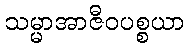
သမ္မာအာဇီဝပစ္စယာ